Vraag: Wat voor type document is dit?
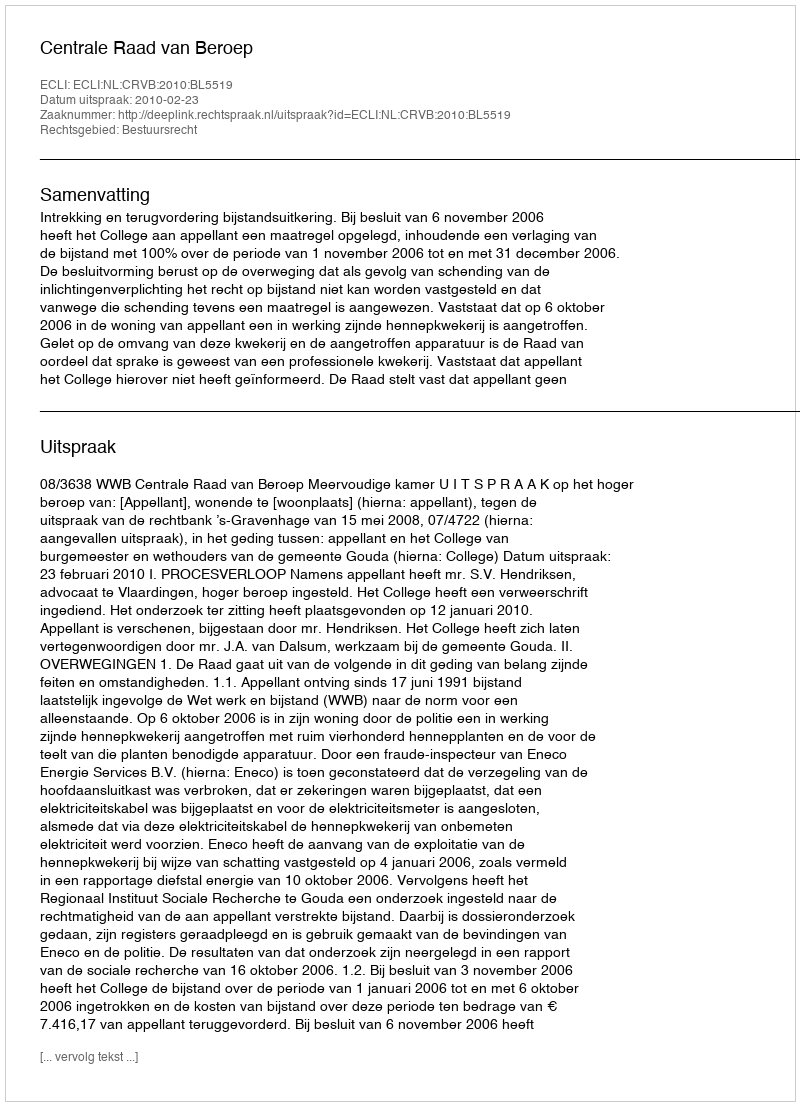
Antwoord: Uitspraak